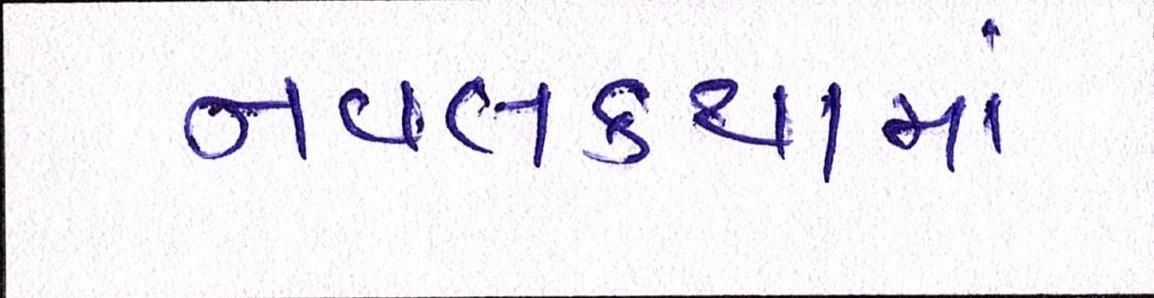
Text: નવલકથામાં